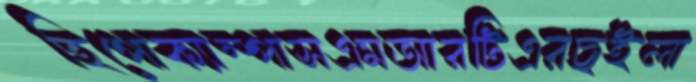
হিপোক্যাম্পাসএমআরটিএরছইলা